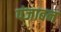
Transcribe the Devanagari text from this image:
पंजाबन